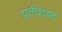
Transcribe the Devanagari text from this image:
प्रतीशब्द